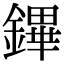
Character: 鏎